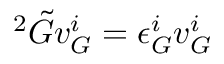
{ } ^ { 2 } \Tilde { G } v _ { G } ^ { i } = \epsilon _ { G } ^ { i } v _ { G } ^ { i }